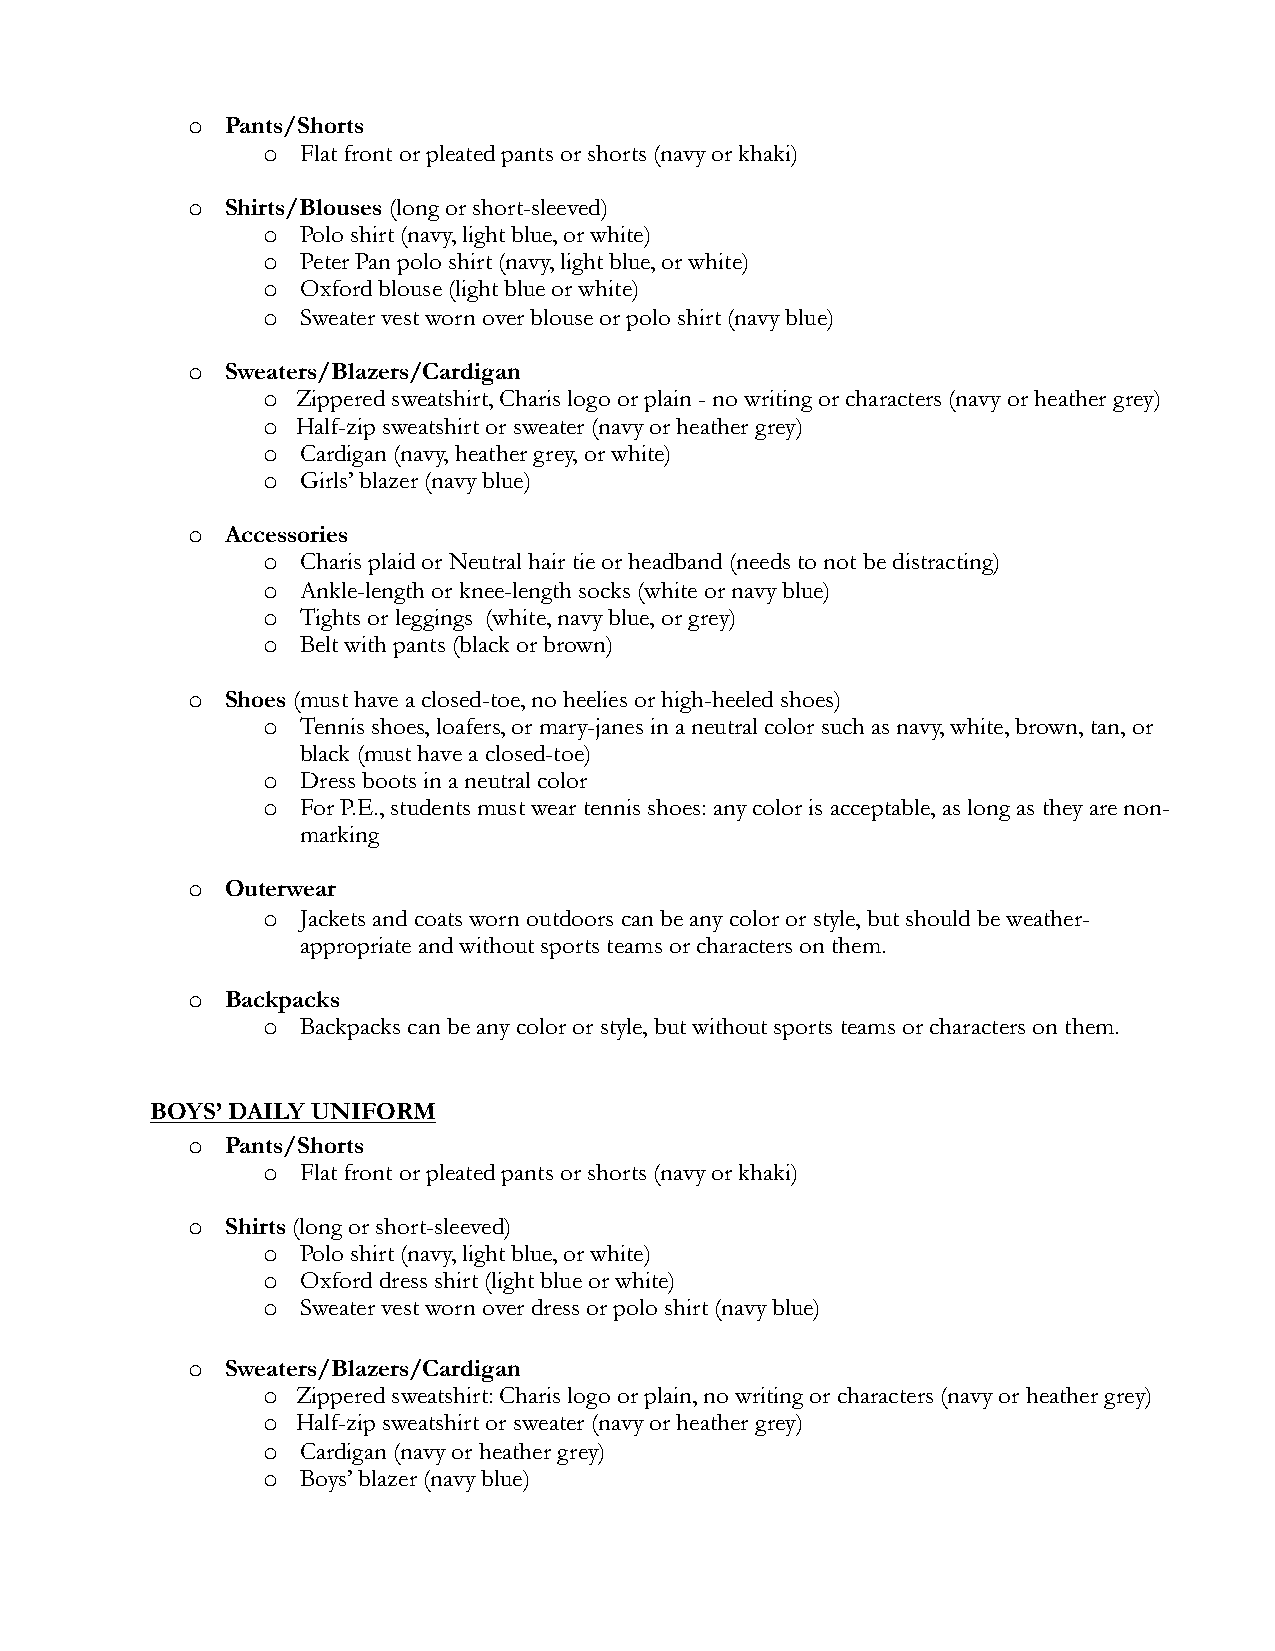
o  Pants/Shorts
 o  Flat front or pleated pants or shorts (navy or khaki)
 o  Shirts/Blouses (long or short-sleeved)
 o  Polo shirt (navy, light blue, or white)
 o  Peter Pan polo shirt (navy, light blue, or white)
 o  Oxford blouse (light blue or white)
 o  Sweater vest worn over blouse or polo shirt (navy blue)
 o  Sweaters/Blazers/Cardigan
 o  Zippered sweatshirt, Charis logo or plain - no writing or characters (navy or heather grey)
 o  Half-zip sweatshirt or sweater (navy or heather grey)
 o  Cardigan (navy, heather grey, or white)
 o  Girls’ blazer (navy blue)
 o  Accessories
 o  Charis plaid or Neutral hair tie or headband (needs to not be distracting)
 o  Ankle-length or knee-length socks (white or navy blue)
 o  Tights or leggings (white, navy blue, or grey)
 o  Belt with pants (black or brown)
 o  Shoes (must have a closed-toe, no heelies or high-heeled shoes)
 o  Tennis shoes, loafers, or mary-janes in a neutral color such as navy, white, brown, tan, or
 black (must have a closed-toe)
 o  Dress boots in a neutral color
 o  For P.E., students must wear tennis shoes: any color is acceptable, as long as they are non-
 marking
 o  Outerwear
 o  Jackets and coats worn outdoors can be any color or style, but should be weather-
 appropriate and without sports teams or characters on them.
 o  Backpacks
 o  Backpacks can be any color or style, but without sports teams or characters on them.
 BOYS’ DAILY UNIFORM
 o  Pants/Shorts
 o  Flat front or pleated pants or shorts (navy or khaki)
 o  Shirts (long or short-sleeved)
 o  Polo shirt (navy, light blue, or white)
 o  Oxford dress shirt (light blue or white)
 o  Sweater vest worn over dress or polo shirt (navy blue)
 o  Sweaters/Blazers/Cardigan
 o  Zippered sweatshirt: Charis logo or plain, no writing or characters (navy or heather grey)
 o  Half-zip sweatshirt or sweater (navy or heather grey)
 o  Cardigan (navy or heather grey)
 o  Boys’ blazer (navy blue)